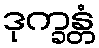
ဒုက္ခန္တံ